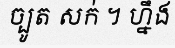
ច្បូត សក់ ។ ហ្នឹង